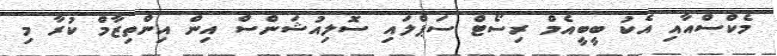
މެކްސްއާއި އެކު ބީބީއެމް ރިސޯޓް ސަޕްލައި ސޮލިއުޝަންސް އިން އިންތިޒާމް ކުރާ މި